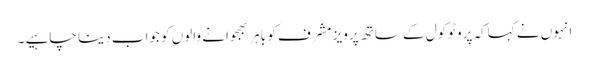
انہوں نے کہاکہ پروٹوکول کے ساتھ پرویز مشرف کو باہر بھجوانے والوں کو جواب دینا چاہیے ۔